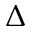
\Delta